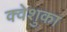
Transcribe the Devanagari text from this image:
क्वेशुका